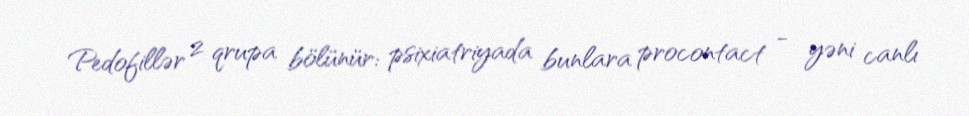
Pedofillər 2 qrupa bölünür: psixiatriyada bunlara procontact - yəni canlı